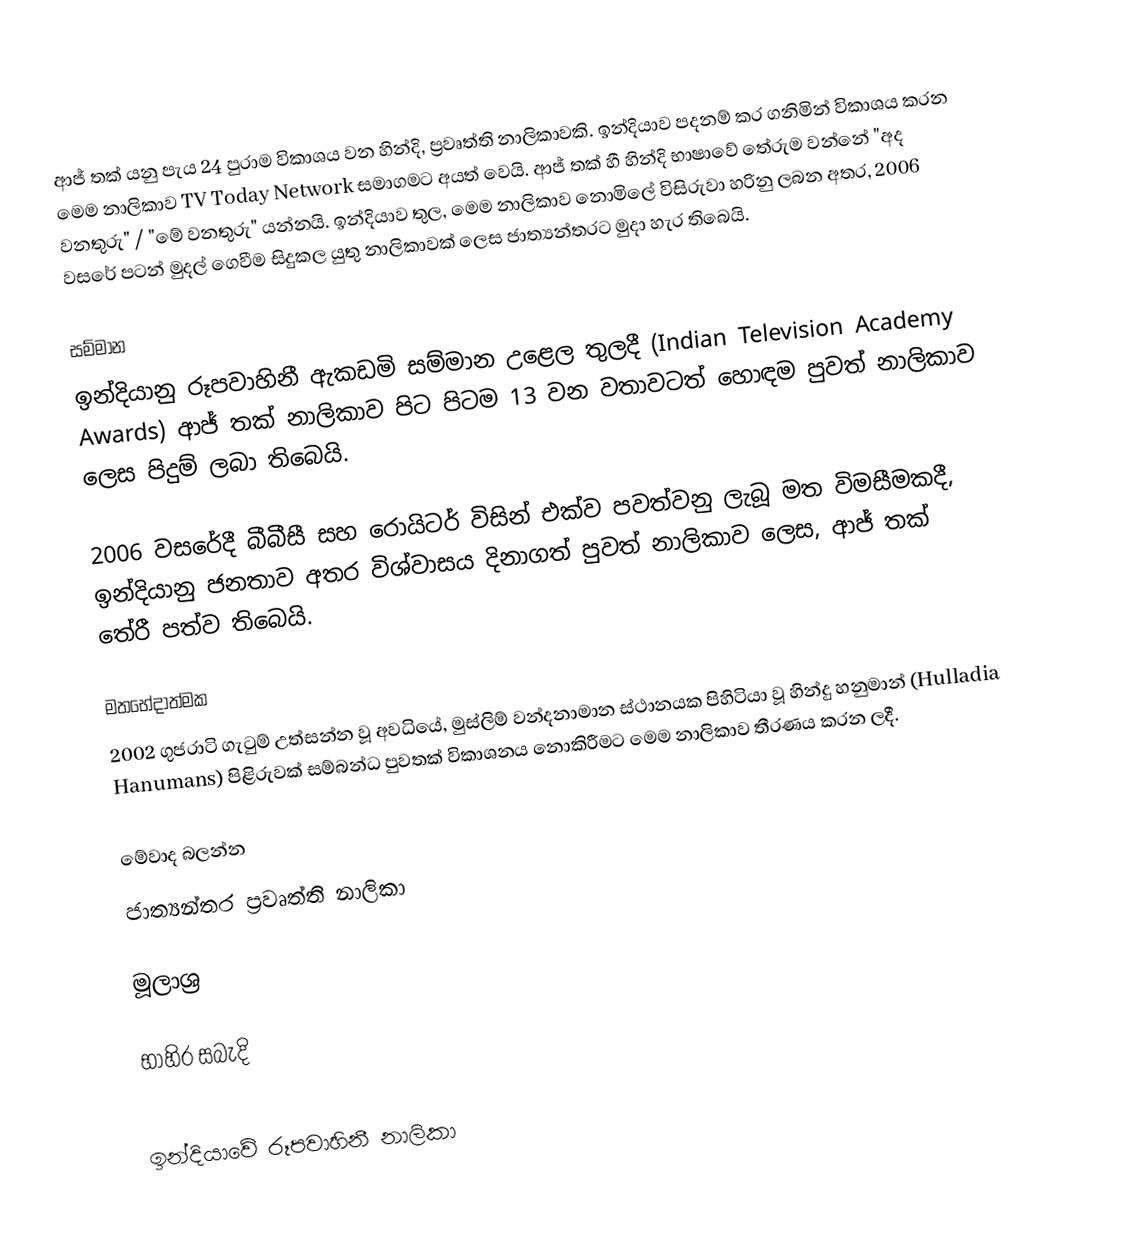
ආජ් තක් යනු පැය 24 පුරාම විකාශය වන හින්දි, ප්‍රවෘත්ති නාලිකාවකි. ඉන්දියාව පදනම් කර ගනිමින් විකාශය කරන මෙම නාලිකාව TV Today Network සමාගමට අයත් වෙයි. ආජ් තක් හී හින්දි භාෂාවේ තේරුම වන්නේ "අද වනතුරු" / "මේ වනතුරු" යන්නයි.  ඉන්දියාව තුල, මෙම නාලිකාව නොමිලේ විසිරුවා හරිනු ලබන අතර, 2006 වසරේ පටන් මුදල් ගෙවීම සිදුකල යුතු නාලිකාවක් ලෙස ජාත්‍යන්තරට මුදා හැර තිබෙයි.

සම්මාන
ඉන්දියානු රූපවාහිනී ඇකඩමි සම්මාන උළෙල තුලදී (Indian Television Academy Awards) ආජ් තක් නාලිකාව පිට පිටම 13 වන වතාවටත් හොඳම පුවත් නාලිකාව ලෙස පිදුම් ලබා තිබෙයි.

2006 වසරේදී බීබීසී සහ රොයිටර් විසින් එක්ව පවත්වනු ලැබූ මත විමසීමකදී, ඉන්දියානු ජනතාව අතර විශ්වාසය දිනාගත් පුවත් නාලිකාව ලෙස, ආජ් තක් තේරී පත්ව තිබෙයි.

මතභේදාත්මක
2002 ගුජරාටි ගැටුම් උත්සන්න වූ අවධියේ, මුස්ලිම් වන්දනාමාන ස්ථානයක පිහිටියා වූ හින්දු හනුමාන් (Hulladia Hanumans) පිළිරුවක් සම්බන්ධ පුවතක් විකාශනය නොකිරීමට මෙම නාලිකාව තීරණය කරන ලදී.

මේවාද බලන්න
 ජාත්‍යන්තර ප්‍රවෘත්ති නාලිකා

මූලාශ්‍ර

භාහිර සබැදි

ඉන්දියාවේ රූපවාහිනී නාලිකා